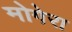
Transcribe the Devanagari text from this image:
मोगेरा